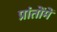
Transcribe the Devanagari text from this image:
प्रांतोंमें